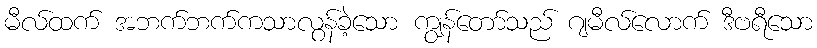
မီလ်ထက် အဘက်ဘက်ကသာလွန်ခဲ့သော ကျွန်တော်သည် ဂျမီလ်လောက် ဒီဗရီသော